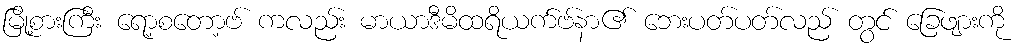
မြို့စားကြီး ရော့စတော့ဗ် ကလည်း မာယာဒီမိထရိယက်ဗ်နာ၏ ဘေးပတ်ပတ်လည် တွင် ခြေဖျားကို